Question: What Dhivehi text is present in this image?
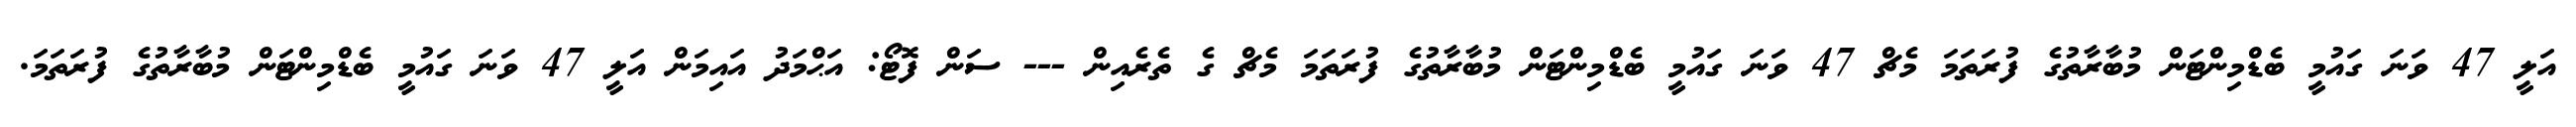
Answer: އަލީ 47 ވަނަ ގައުމީ ބެޑްމިންޓަން މުބާރާތުގެ ފުރަތަމަ މެޗް 47 ވަނަ ގައުމީ ބެޑްމިންޓަން މުބާރާތުގެ ފުރަތަމަ މެޗް ގެ ތެރެއިން --- ސަން ފޮޓޯ: އަޙްމަދު އައިމަން އަލީ 47 ވަނަ ގައުމީ ބެޑްމިންޓަން މުބާރާތުގެ ފުރަތަމަ.